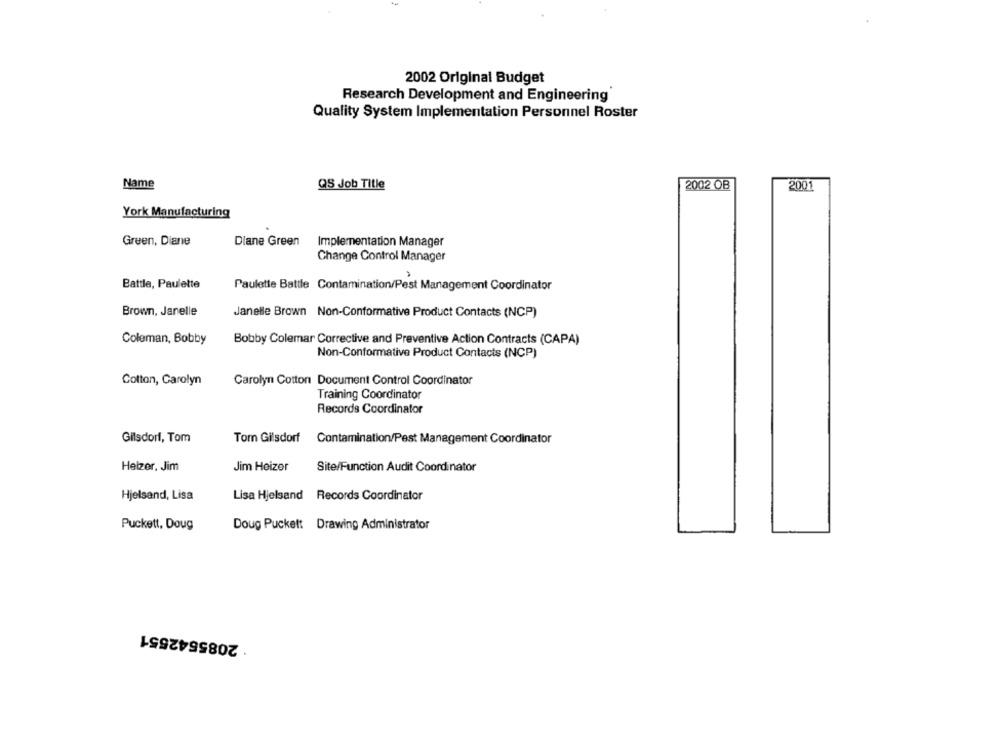
2002 Original Budget
Research Development and Engineering
Quality System Implementation Personnel Roster
Name
QS Job Title
2002 OB
2001
York Manufacturing
Green, Diane
Diane Green
Implementation Manager
Change Control Manager
Battle, Paulette
Paulette Battle Contamination/Pest Management Coordinator
Brown, Janelle
Janelle Brown Non-Conformative Product Contacts (NCP)
Coleman, Bobby
Bobby Colemar Corrective and Preventive Action Contracts (CAPA)
Non-Conformative Product Contacts (NCP)
Cotton, Carolyn
Carolyn Cotton Document Control Coordinator
Training Coordinator
Records Coordinator
Gilsdorf, Tom
Tom Gilsdorf Contamination/Pest Management Coordinator
Hetzer, Jim
Jim Heizer
Site/Function Audit Coordinator
Hjelsand, Lisa
Lisa Hjelsand Records Coordinator
Puckett, Doug
Doug Puckett Drawing Administrator
2085542551